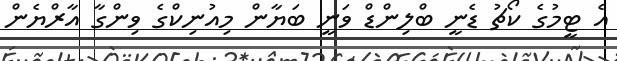
އެ ޓީމުގެ ކޯޗު ޑެނީ ބްލިންްޑް ވަނީ ބަޔާން މިއުނިކްގެ ވިންގާ އާރްޔެން